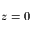
z = 0